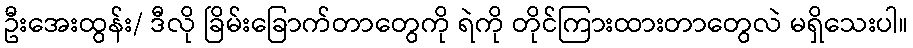
ဦးအေးထွန်း/ ဒီလို ခြိမ်းခြောက်တာတွေကို ရဲကို တိုင်ကြားထားတာတွေလဲ မရှိသေးပါ။